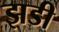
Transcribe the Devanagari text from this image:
झडी